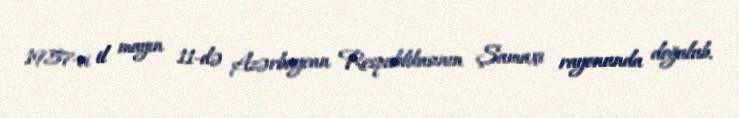
1957-ci il mayın 11-də Azərbaycan Respublikasının Şamaxı rayonunda doğulub.